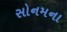
સોનમના